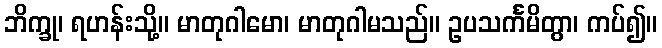
ဘိက္ခု၊ ရဟန်းသို့။ မာတုဂါမော၊ မာတုဂါမသည်။ ဥပသင်္ကမိတွာ၊ ကပ်၍။